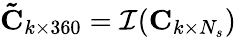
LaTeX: \mathbf{\tilde{C}}_{k\times 360}=\mathcal{I}(\mathbf{C}_{k\times N_{s}})